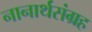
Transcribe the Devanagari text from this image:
नानार्थसंग्रह